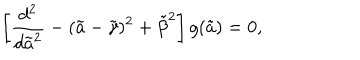
LaTeX: \left[ { \frac { d ^ { 2 } } { d { \tilde { a } } ^ { 2 } } } - ( \tilde { a } - { \tilde { \gamma } } ) ^ { 2 } + { \tilde { \beta } } ^ { 2 } \right] g ( \tilde { a } ) = 0 ,